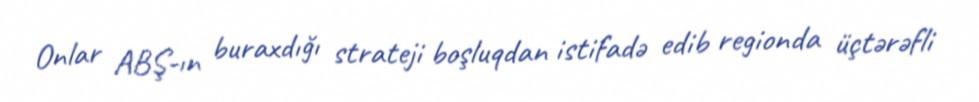
Onlar ABŞ-ın buraxdığı strateji boşluqdan istifadə edib regionda üçtərəfli